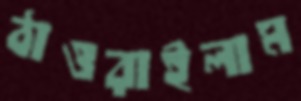
ঠাওরাইলাম